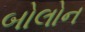
બોલોન